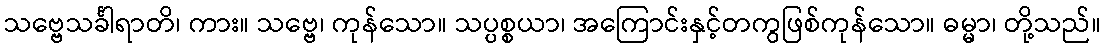
သဗ္ဗေသင်္ခါရာတိ၊ ကား။ သဗ္ဗေ၊ ကုန်သော။ သပ္ပစ္စယာ၊ အကြောင်းနှင့်တကွဖြစ်ကုန်သော။ ဓမ္မာ၊ တို့သည်။